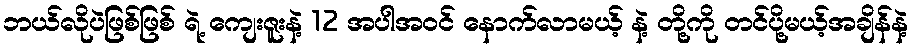
ဘယ်လိုပဲဖြစ်ဖြစ် ရဲ့ ကျေးဇူးနဲ့ 12 အပါအဝင် နောက်လာမယ့် နဲ့ တို့ကို တင်ပို့မယ့်အချိန်နဲ့